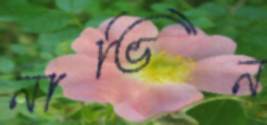
নাভিন